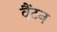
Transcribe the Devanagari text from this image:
वैंटन